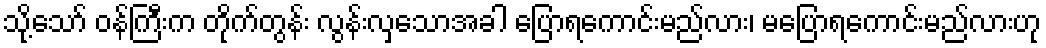
သို့သော် ဝန်ကြီးက တိုက်တွန်း လွန်းလှသောအခါ ပြောရကောင်းမည်လား၊ မပြောရကောင်းမည်လားဟု